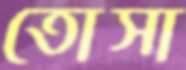
তোসা